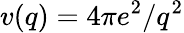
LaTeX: v(q)=4\pi e^{2}/q^{2}